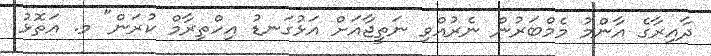
ދާއިރާގެ އާންމު މެމްބަރުން ނެރުއްވި ނަތީޖާއަށް އަޅުގަނޑު އިހްތިރާމް ކުރަން" މ. އަތޮޅު